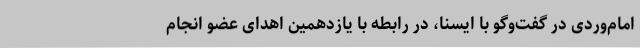
امام‌وردی در گفت‌وگو با ایسنا، در رابطه با یازدهمین اهدای عضو انجام